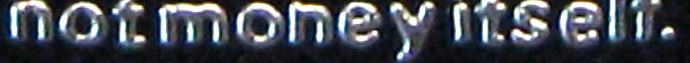
not money itself